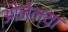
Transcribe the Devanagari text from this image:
ओनेल्या